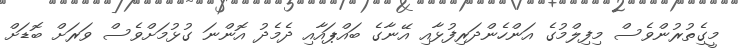
މީގެިތުރުންވެސް މިފިލްމުގެ އަންހެންދަރިފުޅާއި އޭނާގެ ބައްޕައާއި ދެމެދު އޮންނަ ގުޅުމަށްވެސް ވަރަށް ބޮޑަށް